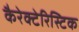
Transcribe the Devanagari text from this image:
कैरेक्टेरिस्टिक